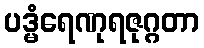
ပဒ္မံရေဏုရဇုဂ္ဂတာ